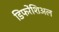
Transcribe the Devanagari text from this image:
डिफरेंशिअल